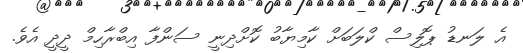
އެ ލަނޑު ޕޮލިސް ކްލަބަށް ކާމިޔާބު ކޮށްދިނީ ސަންފާ އިބްރާހިމް ދީދީ އެވެ.